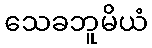
သေခဘူမိယံ